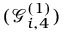
( \mathcal { G } _ { i , 4 } ^ { ( 1 ) } )